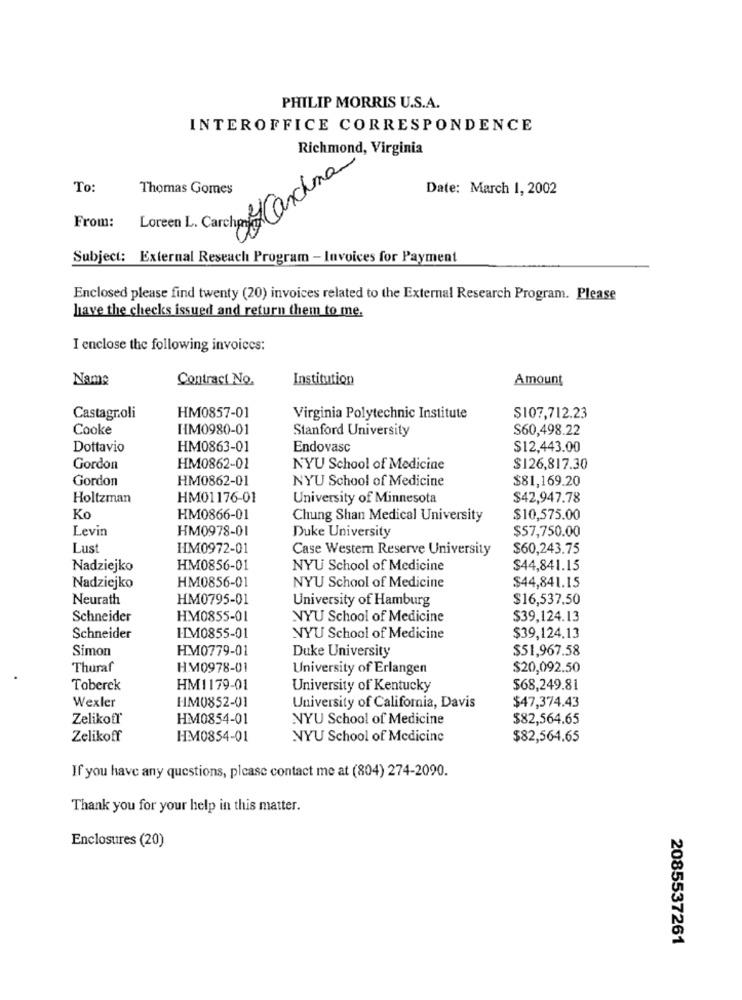
PHILIP MORRIS U.S.A.
INTEROFFICE CORRESPONDENCE
Richmond, Virginia
To:
Thomas Gomes
Loreen L. Carcho y Carchina
Date: March 1, 2002
From:
Subject: External Reseach Program - Invoices for Payment
Enclosed please find twenty (20) invoices related to the External Research Program. Please
have the checks issued and return them to me.
I enclose the following invoices:
Name
Contract No.
Institution
Amount
Castagnoli
HM0857-01
Virginia Polytechnic Institute
$107,712.23
Cooke
HM0980-01
Stanford University
$60,498.22
Dottavio
HM0863-01
Endovasc
$12,443.00
Gordon
HM0862-01
NYU School of Medicine
$126,817.30
Gordon
HM0862-01
$81,169.20
NYU School of Medicine
Holtzman
HM01176-01
University of Minnesota
$42,947.78
Ko
HM0866-01
Chung Shan Medical University
$10,575.00
Levin
HM0978-01
Duke University
$57,750.00
Lust
HM0972-01
Case Western Reserve University
$60,243.75
Nadziejko
HM0856-01
NYU School of Medicine
$44,841.15
HM0856-01
Nadziejko
NYU School of Medicine
$44,841.15
Neurath
HM0795-01
University of Hamburg
$16,537.50
Schneider
HM0855-01
NYU School of Medicine
$39,124.13
Schneider
HIM0855-01
NYU School of Medicine
$39,124.13
Simon
HM0779-01
Duke University
$51,967.58
Thuraf
HM0978-01
University of Erlangen
$20,092.50
Toberek
HM1179-01
University of Kentucky
$68,249.81
Wexler
HM0852-01
University of California, Davis
$47,374.43
Zelikoff
HM0854-01
NYU School of Medicine
$82,564.65
Zelikoff
HM0854-01
NYU School of Medicine
$82,564.65
If you have any questions, please contact me at (804) 274-2090.
Thank you for your help in this matter.
Enclosures (20)
2085537261